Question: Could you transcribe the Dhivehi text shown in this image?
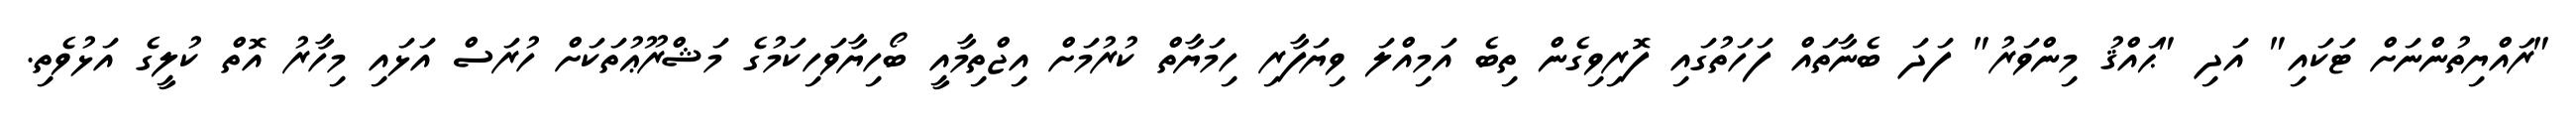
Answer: "ރައްޔިތުންނަށް ޓަކައި" އަދި "ޙައްޤު މިންވަރު" ފަދަ ބެނާތައް ފަހަތުގައި ފޮރިވިގެން ތިބެ އަމިއްލަ ވިޔަފާރި ހިމަޔާތް ކުރުމަށް އިޖްތިމާއީ ބޯހިޔާވަހިކަމުގެ މަޝްރޫޢުތަކަށް ހުރަސް އަޅައި މިހާރު އޮތް ކުލީގެ އަޅުވެތި.